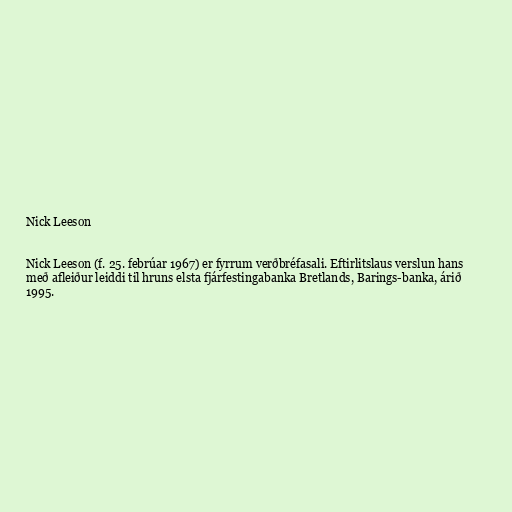
Nick Leeson

Nick Leeson (f. 25. febrúar 1967) er fyrrum verðbréfasali. Eftirlitslaus verslun hans
með afleiður leiddi til hruns elsta fjárfestingabanka Bretlands, Barings-banka, árið
1995.